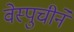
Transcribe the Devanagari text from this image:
वेस्पुचीने